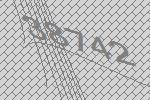
38742